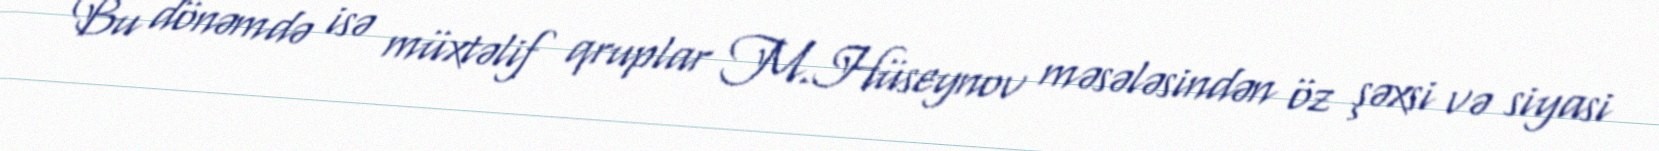
Bu dönəmdə isə müxtəlif qruplar M.Hüseynov məsələsindən öz şəxsi və siyasi